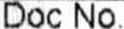
DOC NO.